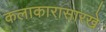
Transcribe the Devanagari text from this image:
कलाकारासारखे